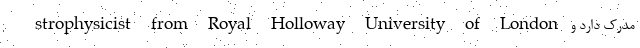
strophysicist from Royal Holloway University of London مدرک دارد و